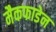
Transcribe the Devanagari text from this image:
मैकफाडेन